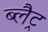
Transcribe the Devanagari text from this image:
ब्लैट्र